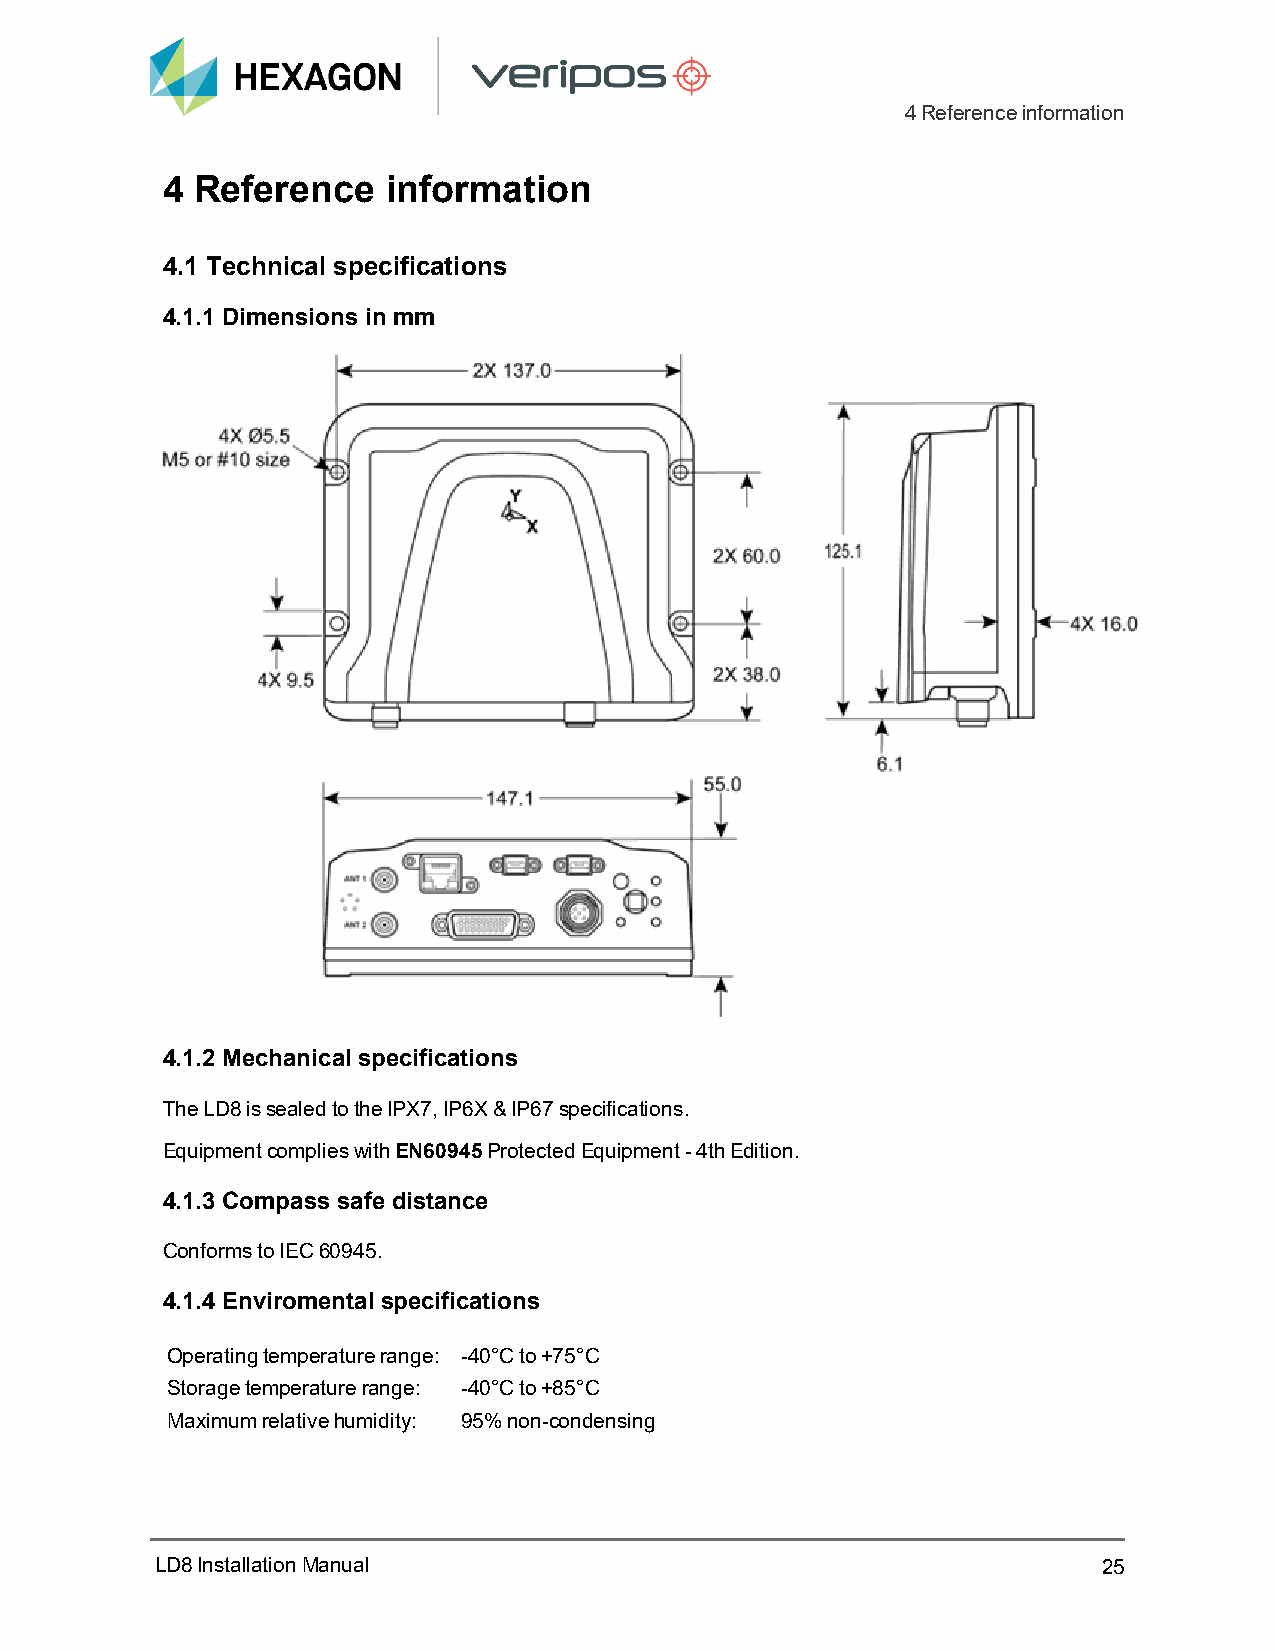
4Referenceinformation
 4 Reference    information
 4.1 Technical specifications
 4.1.1 Dimensions in mm
 4.1.2 Mechanical specifications
 The LD8 is sealed to the IPX7, IP6X & IP67 specifications.
 Equipment complies with EN60945 Protected Equipment - 4th Edition.
 4.1.3 Compass safe distance
 Conforms to IEC 60945.
 4.1.4 Enviromental specifications
 Operating temperature range: -40°C to +75°C
 Storage temperature range: -40°C to +85°C
 Maximum relative humidity: 95% non-condensing
 LD8InstallationManual                                          25